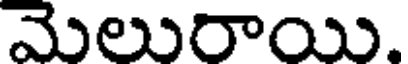
మెలురాయి.